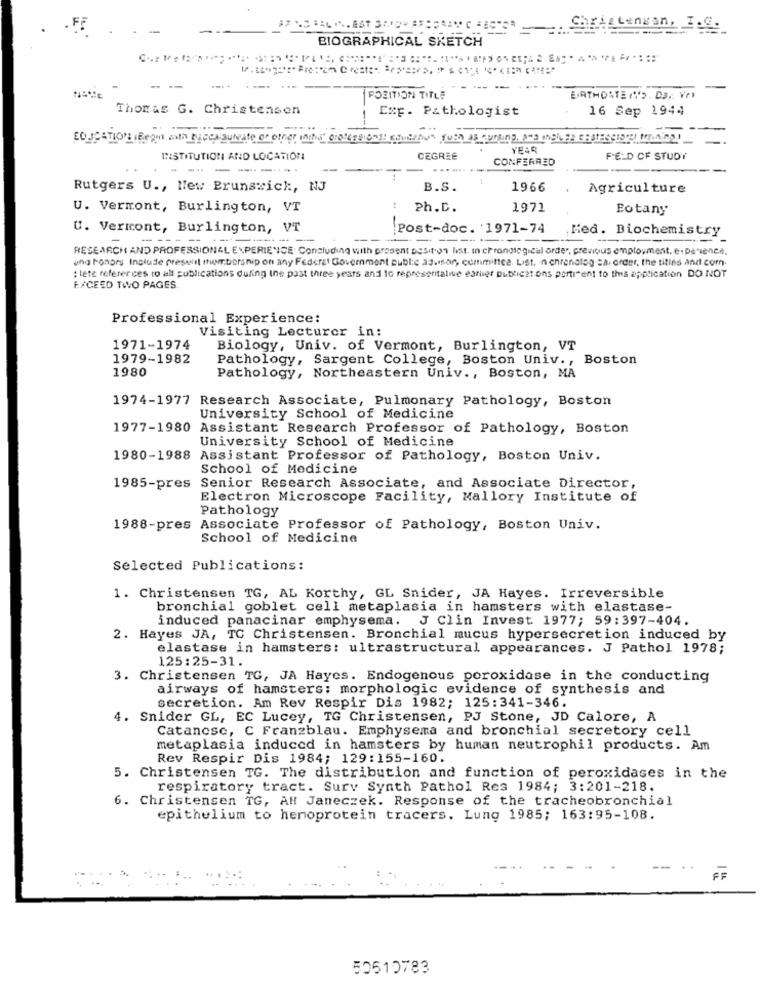
-
BIOGRAPHICAL SKETCH
------
POSITION TITLE
BIRTHDATE ("'> Da ., Vr)
Thomas G. Christensen
Exp. Pathologist
16 Sep 1944
EDUCATIONS (Begin with baccalaureate or other (iha" professional education quen as nursing, Ama Inch ER CRATEScional MALning!
YEAR
INSTITUTION AND LOCATION
CEGREE
CONFERRED
FELD OF STUDY
------
1
Rutgers U ., New Brunswick, NJ
B.S.
1966
Agriculture
U. Vermont, Burlington, VT
Ph.D.
1971
Botany
U. Vermont, Burlington, VT
--
Post-doc. '1971-74
Med. Biochemistry
---
RESEARCH AND PROFESSIONAL EXPERIENCE. Concluding with prosent position list, In chronological order, previous employment. e.Denience,
ing honors Incluse present membership on any Federal Government public ag.iton, committee. List. n chronolog ca. order, the titles and com.
: lete neferer ces to all publications during Ine past three years and to representalie earlier putxicat ons porti ent to this application DO NOT
F./CEED TWO PAGES.
Professional Experience:
Visiting Lecturer in:
1971-1974
Biology, Univ. of Vermont, Burlington, VT
1979-1982
Pathology, Sargent College, Boston Univ ., Boston
1980
Pathology, Northeastern Univ ., Boston, MA
1974-1977 Research Associate, Pulmonary Pathology, Boston
University School of Medicine
1977-1980 Assistant Research Professor of Pathology, Boston
University School of Medicine
1980-1988 Assistant Professor of Pathology, Boston Univ.
School of Medicine
1985-pres Senior Research Associate, and Associate Director,
Electron Microscope Facility, Mallory Institute of
Pathology
1988-pres Associate Professor of Pathology, Boston Univ.
School of Medicine
Selected Publications:
1. Christensen TG, AL Korthy, GL Snider, JA Hayes. Irreversible
bronchial goblet cell metaplasia in hamsters with elastase-
induced panacinar emphysema. J Clin Invest 1977; 59:397-404.
2. Hayes JA, TC Christensen. Bronchial mucus hypersecretion induced by
elastase in hamsters: ultrastructural appearances. J Pathol 1978;
125:25-31.
3. Christensen TG, JA Hayes. Endogenous peroxidase in the conducting
airways of hamsters: morphologic evidence of synthesis and
secretion. Am Rev Respir Dis 1982; 125:341-346.
4. Snider GL, EC Lucey, TG Christensen, PJ Stone, JD Calore, A
Catanese, C Franzblau. Emphysema and bronchial secretory cell
metaplasia induced in hamsters by human neutrophil products. Am
Rev Respir Dis 1984; 129:155-160.
5. Christensen TG. The distribution and function of peroxidases in the
respiratory tract. Surv Synth Pathol Res 1984; 3:201-218.
6. Christensen TG, AH Janeczek. Response of the tracheobronchial
epithelium to hemoprotein tracers. Lung 1985; 163:95-108.
FF
50510783